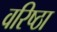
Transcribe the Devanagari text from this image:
वरिष्ठा